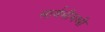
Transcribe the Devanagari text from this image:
सार्वभौमश्री